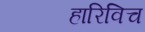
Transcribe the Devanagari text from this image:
हारिविच